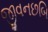
જીવનછબિ